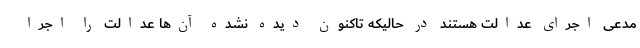
مدعی اجرای عدالت هستند در حالیکه تاکنون دیده نشده آن‌ها عدالت را اجرا